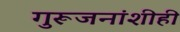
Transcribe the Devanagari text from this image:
गुरूजनांशीही